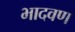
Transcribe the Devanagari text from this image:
भादवण